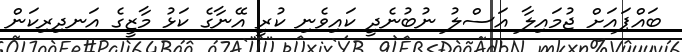
ބައްޕައަށް ޖުމައިލާ އަސްލު ނުބުނެދީ ކައިވެނި ކުރީ އޭނާގެ ކަޅު މާޒީގެ އަނދިރިކަން